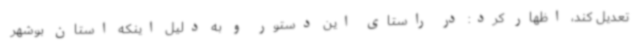
تعدیل کند، اظهار کرد: در راستای این دستور و به دلیل اینکه استان بوشهر